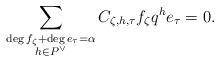
\begin{align*} \sum_{\substack{\deg f_\zeta + \deg e_\tau = \alpha \\ h\in P^\vee}} C_{\zeta, h,\tau} f_\zeta q^h e_{\tau} = 0.\end{align*}